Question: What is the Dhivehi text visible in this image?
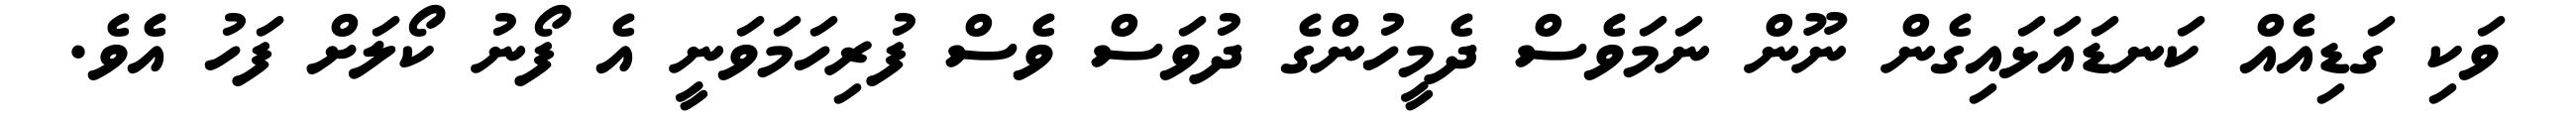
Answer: ވަކި ގަޑިއެއް ކަނޑައަޅައިގެން ނޫން ނަމަވެސް ދެމީހުންގެ ދުވަސް ވެސް ފުރިހަމަވަނީ އެ ފޯނު ކޯލަށް ފަހު އެވެ.